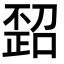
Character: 𪴻